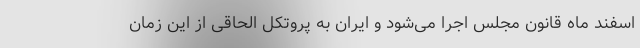
اسفند ماه قانون مجلس اجرا می‌شود و ایران به پروتکل الحاقی از این زمان